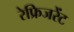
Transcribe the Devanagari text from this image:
रेफ्रिजरेंट